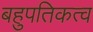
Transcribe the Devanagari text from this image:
बहुपतिकत्व